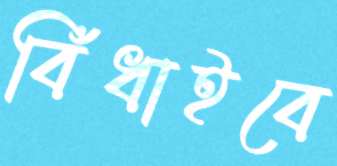
বিঁধাইবে